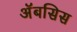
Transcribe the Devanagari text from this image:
अॅबसिस